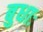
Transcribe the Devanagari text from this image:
बुधाः